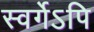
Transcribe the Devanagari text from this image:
स्वर्गेऽपि